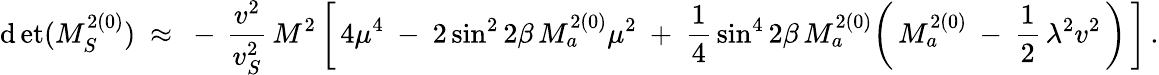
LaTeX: \operatorname*{\mathrm{d}et}(M_{S}^{2(0)})\ \approx\ -\, \frac{{v^{2}}}{{v_{S}^{2}}}\, M^{2}\, \bigg[\, 4\mu^{4}\ -\ 2\sin^{2}2\beta\, M_{a}^{2(0)}\mu^{2}\ +\ \frac{{1}}{{4}}\, \sin^{4}2\beta\, M_{a}^{2(0)}\bigg(\, M_{a}^{2(0)}\: -\: \frac{{1}}{{2}}\, \lambda^{2}v^{2}\, \bigg)\, \bigg]\, .